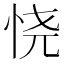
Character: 𢙒